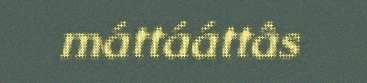
máttááttâs